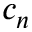
c _ { n }